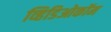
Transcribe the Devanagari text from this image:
व्हिडिओकॉम